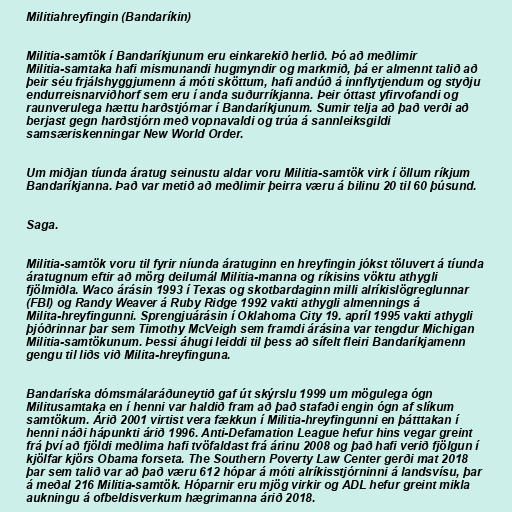
Militiahreyfingin (Bandaríkin)

Militia-samtök í Bandaríkjunum eru einkarekið herlið. Þó að meðlimir
Militia-samtaka hafi mismunandi hugmyndir og markmið, þá er almennt talið að
þeir séu frjálshyggjumenn á móti sköttum, hafi andúð á innflytjendum og styðju
endurreisnarviðhorf sem eru í anda suðurríkjanna. Þeir óttast yfirvofandi og
raunverulega hættu harðstjórnar í Bandaríkjunum. Sumir telja að það verði að
berjast gegn harðstjórn með vopnavaldi og trúa á sannleiksgildi
samsæriskenningar New World Order.

Um miðjan tíunda áratug seinustu aldar voru Militia-samtök virk í öllum ríkjum
Bandaríkjanna. Það var metið að meðlimir þeirra væru á bilinu 20 til 60 þúsund.

Saga.

Militia-samtök voru til fyrir níunda áratuginn en hreyfingin jókst töluvert á tíunda
áratugnum eftir að mörg deilumál Militia-manna og ríkisins vöktu athygli
fjölmiðla. Waco árásin 1993 í Texas og skotbardaginn milli alríkislögreglunnar
(FBI) og Randy Weaver á Ruby Ridge 1992 vakti athygli almennings á
Milita-hreyfingunni. Sprengjuárásin í Oklahoma City 19. apríl 1995 vakti athygli
þjóðrinnar þar sem Timothy McVeigh sem framdi árásina var tengdur Michigan
Militia-samtökunum. Þessi áhugi leiddi til þess að sífelt fleiri Bandaríkjamenn
gengu til liðs við Milita-hreyfinguna.

Bandaríska dómsmálaráðuneytið gaf út skýrslu 1999 um mögulega ógn
Militusamtaka en í henni var haldið fram að það stafaði engin ógn af slíkum
samtökum. Árið 2001 virtist vera fækkun í Militia-hreyfingunni en þátttakan í
henni náði hápunkti árið 1996. Anti-Defamation League hefur hins vegar greint
frá því að fjöldi meðlima hafi tvöfaldast frá árinu 2008 og það hafi verið fjölgun í
kjölfar kjörs Obama forseta. The Southern Poverty Law Center gerði mat 2018
þar sem talið var að það væru 612 hópar á móti alríkisstjórninni á landsvísu, þar
á meðal 216 Militia-samtök. Hóparnir eru mjög virkir og ADL hefur greint mikla
aukningu á ofbeldisverkum hægrimanna árið 2018.